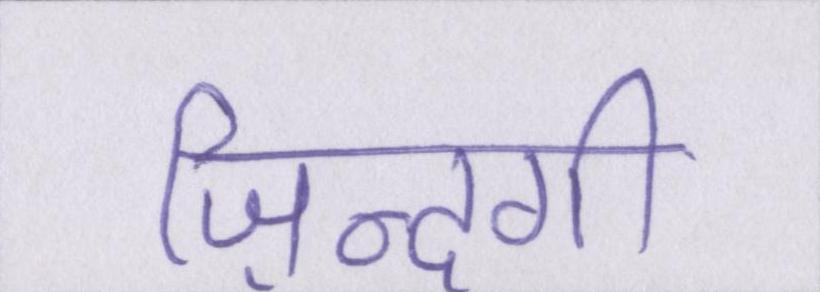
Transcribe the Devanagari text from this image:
ज़िन्दगी